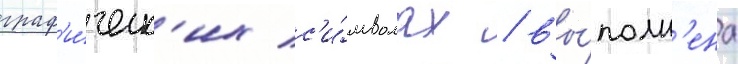
граф'и́ческ'их с'и́мволах / вы́полн'ена